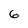
Character: 6